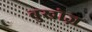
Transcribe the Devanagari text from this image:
बुखोज़